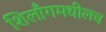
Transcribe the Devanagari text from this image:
शिलाँगमधीलच